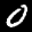
Label: 0